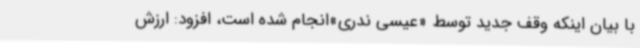
با بیان اینکه وقف جدید توسط «عیسی ندری»انجام شده است، افزود: ارزش